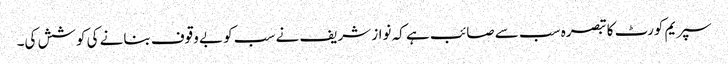
سپریم کورٹ کا تبصرہ سب سے صائب ہے کہ نواز شریف نے سب کو بے وقوف بنانے کی کوشش کی۔